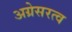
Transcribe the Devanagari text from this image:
अग्रेसरत्व